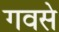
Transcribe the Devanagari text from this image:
गवसे